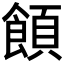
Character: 𩝗